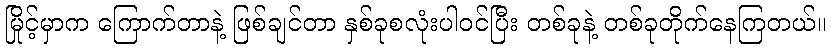
မြိုင့်မှာက ကြောက်တာနဲ့ ဖြစ်ချင်တာ နှစ်ခုစလုံးပါဝင်ပြီး တစ်ခုနဲ့ တစ်ခုတိုက်နေကြတယ်။